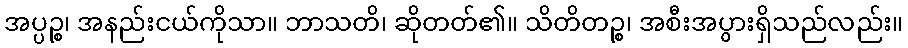
အပ္ပဉ္စ၊ အနည်းငယ်ကိုသာ။ ဘာသတိ၊ ဆိုတတ်၏။ သိတိတဉ္စ၊ အစီးအပွားရှိသည်လည်း။